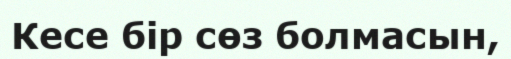
Кесе бір сөз болмасын,